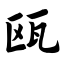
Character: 瓯